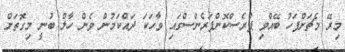
މިރޭ މެޗަށްފަހު ބޭއްވި ޕްރެސްކޮންފަރެންސްގައި ވާހަކަ ދައްކަމުން ވެން ހާލް ބުނީ މިގޮތަށް